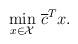
LaTeX: \begin{align*}\min_{x \in \mathcal{X}} & \ \overline{c}^Tx. \\\end{align*}